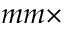
m m \times